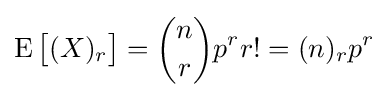
\operatorname {E} {\bigl [}(X)_{r}{\bigr ]}={\binom {n}{r}}p^{r}r!=(n)_{r}p^{r}